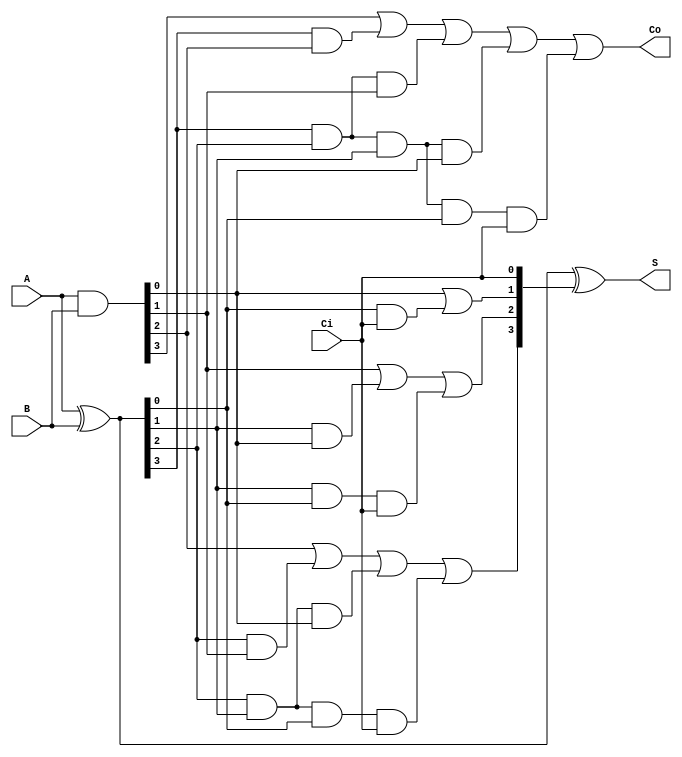
/*
Computer Organisation and Architecture Lab
Assignment no. 1
Group no. 8
Suhas Jain and Monal Prasad
*/

module carry_look_ahead_4bit (A, B, Ci, S, Co);
    
    /*
        A: 4-bit input to add 
        B: 4-bit input to add 
        Ci: Input carry bit 
        S: 4-bit output sum 
        Co: Output carry bit 
    */

    input [3:0] A, B;
    input Ci;
    output [3:0] S;
    output Co;
    wire [3:0] P, G;
    wire [4:0] C;
    
    //calculating Generate and Propagate signals 
    assign P = A ^ B;
    assign G = A & B;

    //calculating the carry output Boolean function of each stage in a 4 stage carry look-ahead adder
    assign C[0] = Ci;
    assign C[1] = G[0] | (P[0] & Ci);
    assign C[2] = G[1] | (P[1] & G[0]) | (P[1] & P[0] & Ci);
    assign C[3] = G[2] | (P[2] & G[1]) | (P[2] & P[1] & G[0]) | (P[2] & P[1] & P[0] & Ci);
    assign C[4] = G[3] | (P[3] & G[2]) | (P[3] & P[2] & G[1]) | (P[3] & P[2] & P[1] & G[0]) | (P[3] & P[2] & P[1] & P[0] & Ci);

    assign S = P ^ C;   // Calulating sum bit by taking the XOR

    assign Co = C[4];   // Calculating output carry bit

endmodule